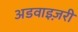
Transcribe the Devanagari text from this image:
अडवाइज़री